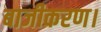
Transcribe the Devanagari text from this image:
बाजीकरण।